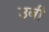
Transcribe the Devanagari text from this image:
उबी